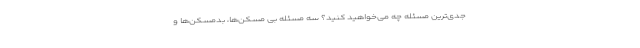
جدی‌ترین مسئله چه می‌خواهید کنید؟ سه مسئله بی مسکن‌ها، بدمسکن‌ها و